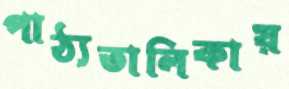
পাঠ্যতালিকায়